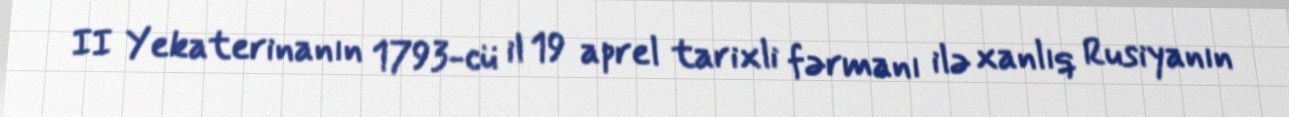
II Yekaterinanın 1793-cü il 19 aprel tarixli fərmanı ilə xanlıq Rusiyanın